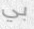
بي